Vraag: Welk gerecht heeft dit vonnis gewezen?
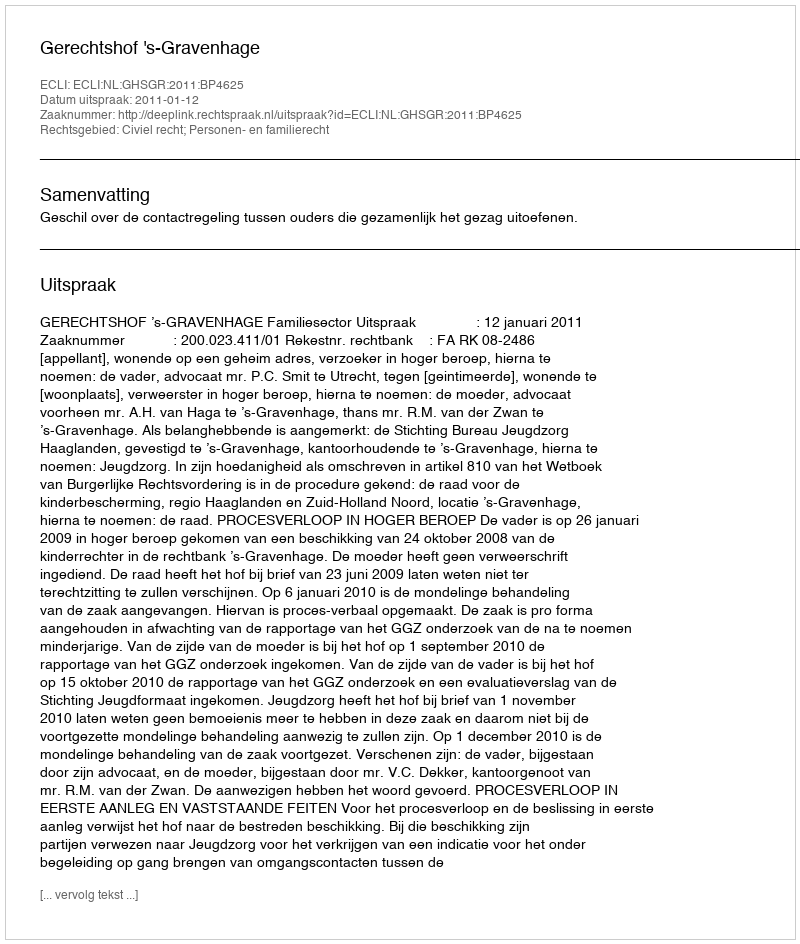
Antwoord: Gerechtshof 's-Gravenhage